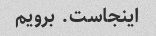
اینجاست. برویم